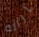
إزالة